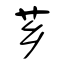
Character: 芗